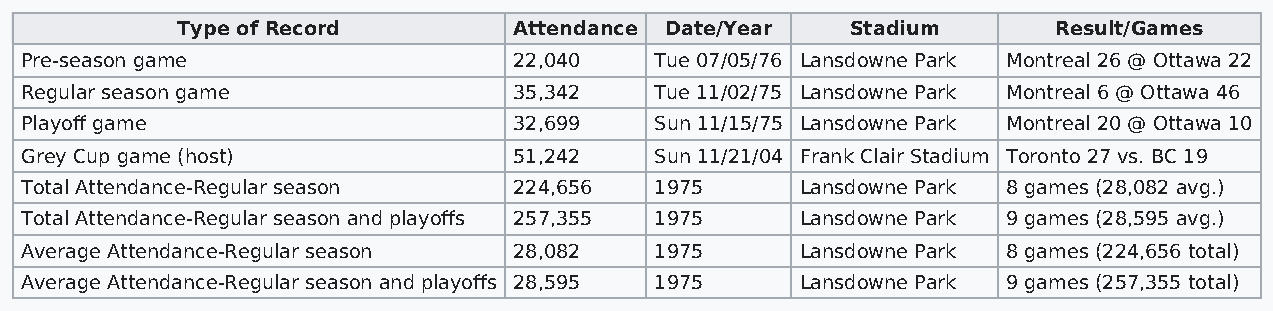
Type of Record        Attendance Date/Year  Stadium       Result/Games
 Pre-season game                  22,040   Tue 07/05/76 Lansdowne Park Montreal 26 @ Ottawa 22
 Regular season game              35,342   Tue 11/02/75 Lansdowne Park Montreal 6 @ Ottawa 46
 Playoff game                     32,699   Sun 11/15/75 Lansdowne Park Montreal 20 @ Ottawa 10
 Grey Cup game (host)             51,242   Sun 11/21/04 Frank Clair Stadium Toronto 27 vs. BC 19
 Total Attendance-Regular season  224,656  1975      Lansdowne Park 8 games (28,082 avg.)
 Total Attendance-Regular season and playoffs 257,355 1975 Lansdowne Park 9 games (28,595 avg.)
 Average Attendance-Regular season 28,082  1975      Lansdowne Park 8 games (224,656 total)
 Average Attendance-Regular season and playoffs 28,595 1975 Lansdowne Park 9 games (257,355 total)